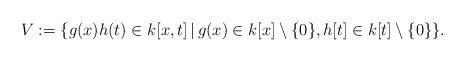
LaTeX: \begin{align*}V := \{ g(x)h(t) \in k[x, t]\,|\, g(x) \in k[x] \setminus \{0\}, h[t] \in k[t] \setminus \{0\} \}. \end{align*}